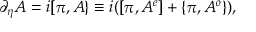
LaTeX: \partial _ { \eta } A = i [ \pi , A \} \equiv i ( [ \pi , A ^ { e } ] + \{ \pi , A ^ { o } \} ) ,